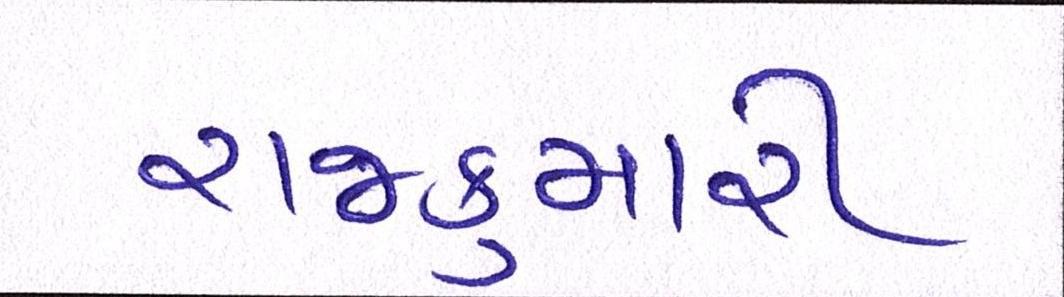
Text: રાજકુમારી